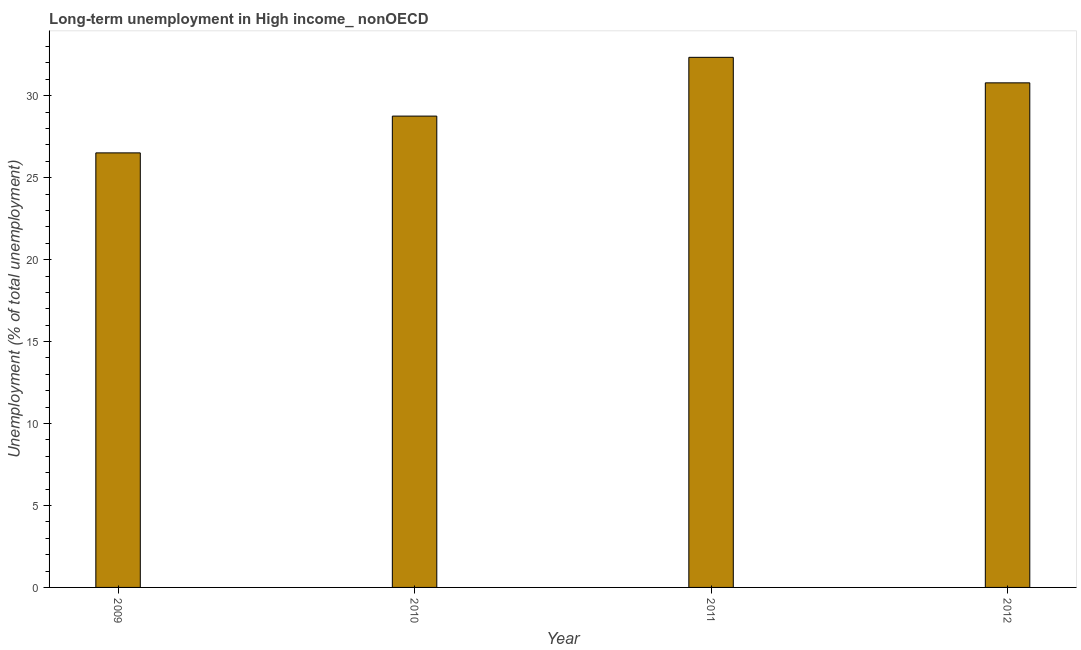
| Year | Long-term unemployment  |
 | --- | --- |
 | 2009 | 26.5 |
 | 2010 | 28.8 |
 | 2011 | 32.3 |
 | 2012 | 30.8 |